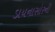
ડાયનાસોરની